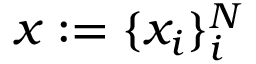
x : = \{ x _ { i } \} _ { i } ^ { N }